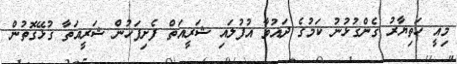
މިއީ ހަތިޔާރު ގެންގުޅުނު ކަމުގެ ދައުވާ އުފުލައި ޝަރީއަތް ފެށިފަހުން ޝަރީއަތާ ގުޅޭގޮތުން